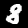
Digit: 8